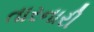
તારનારી